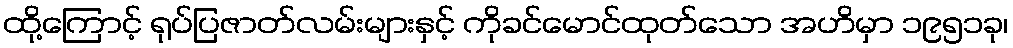
ထို့ကြောင့် ရုပ်ပြဇာတ်လမ်းများနှင့် ကိုခင်မောင်ထုတ်သော အဟိမှာ ၁၉၅၁ခု၊